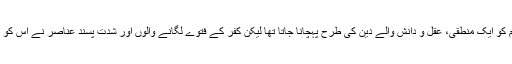
غلام رضا انصاری کا کہنا تھا کہ چند سال قبل تک اسلام کو ایک منطقی، عقل و دانش والے دین کی طرح پہچانا جاتا تھا لیکن کفر کے فتوے لگانے والوں اور شدت پسند عناصر نے اس کو اس قدر مسخ کر دیا کہ لوگ اس سے متنفر ہو رہے ہیں۔